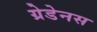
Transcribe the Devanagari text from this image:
ग्रेडेनस